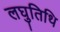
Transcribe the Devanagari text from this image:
लघुतिथि